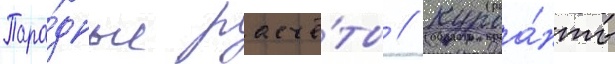
Пара́дные расчё́ты // Курса́нты